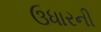
ઉધારની